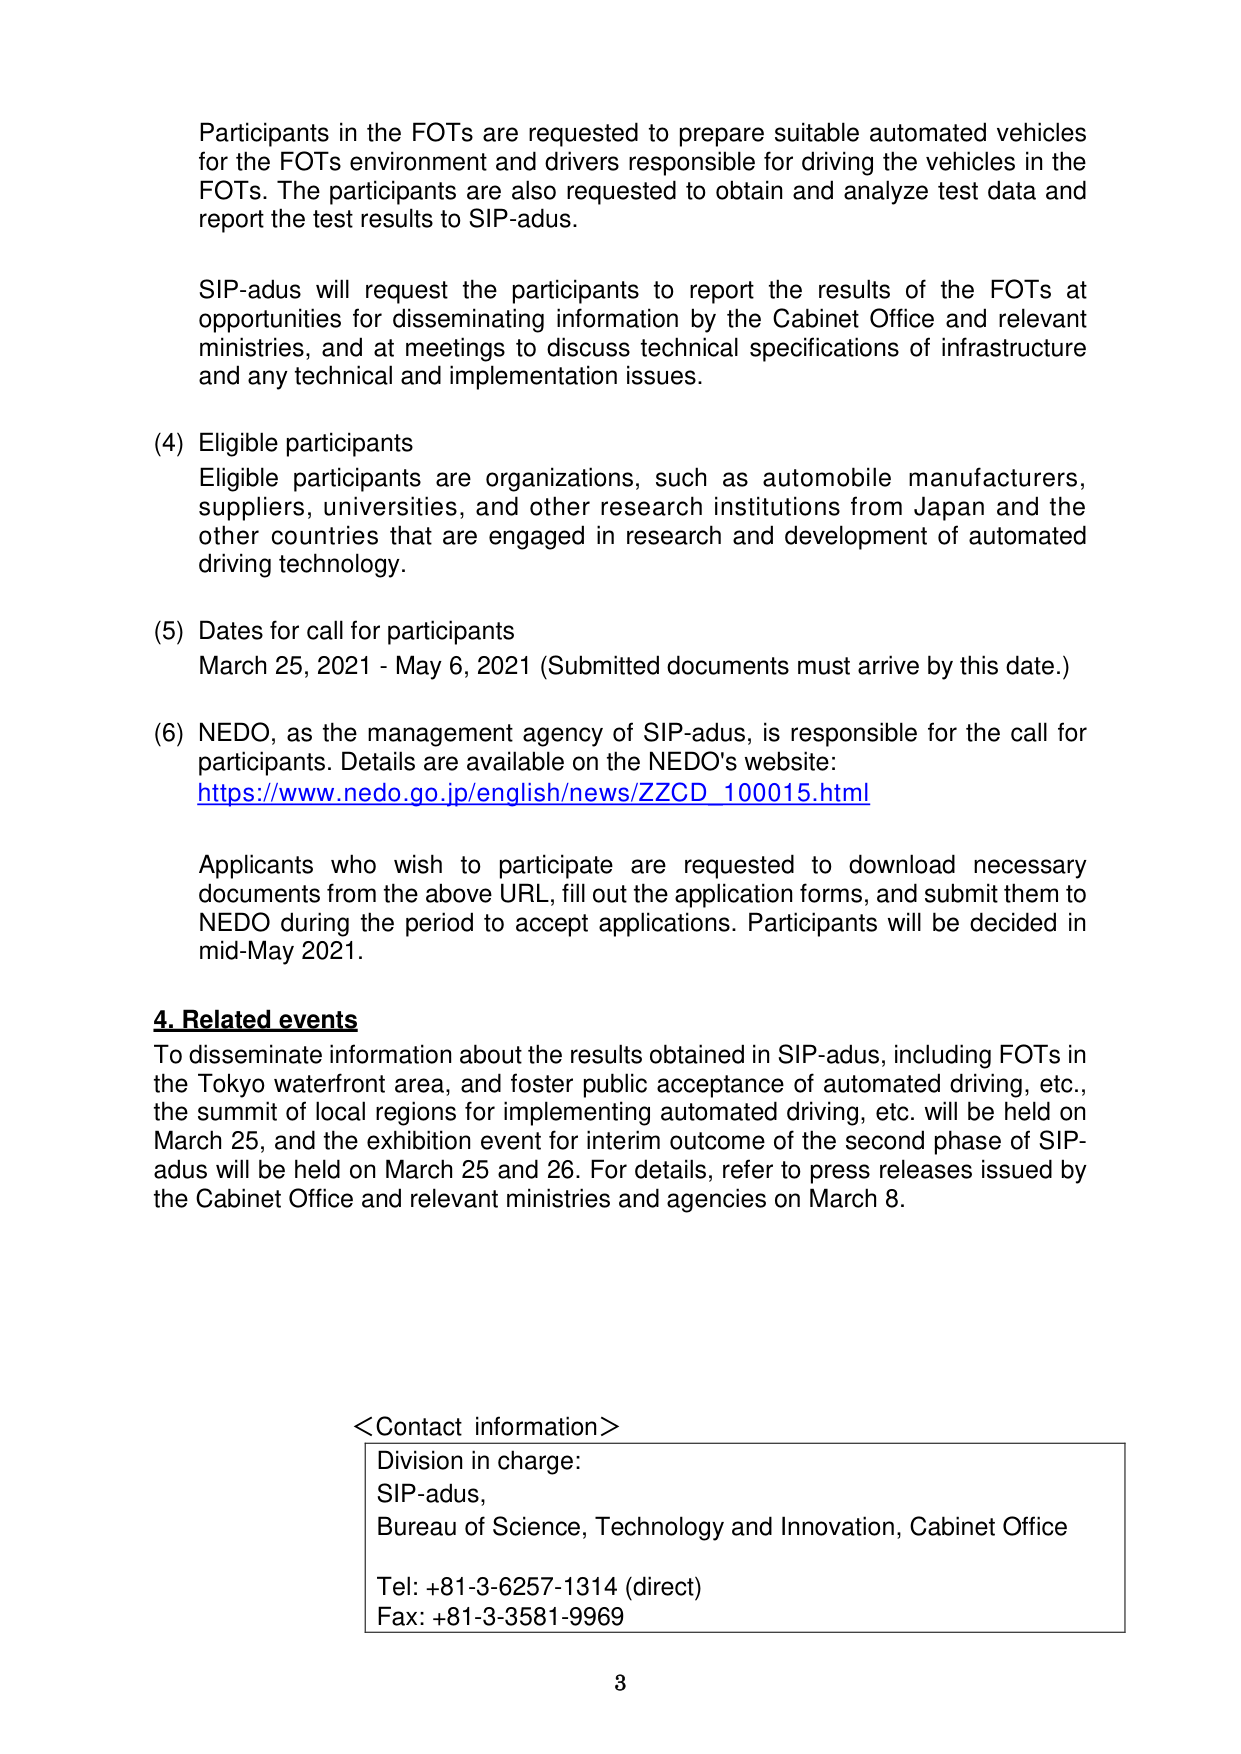
Participants in the FOTs are requested to prepare suitable automated vehicles for the FOTs environment and drivers responsible for driving the vehicles in the FOTs. The participants are also requested to obtain and analyze test data and report the test results to SIP-adus.

SIP-adus will request the participants to report the results of the FOTs at opportunities for disseminating information by the Cabinet Office and relevant ministries, and at meetings to discuss technical specifications of infrastructure and any technical and implementation issues.

(4) Eligible participants
Eligible participants are organizations, such as automobile manufacturers, suppliers, universities, and other research institutions from Japan and the other countries that are engaged in research and development of automated driving technology.

(5) Dates for call for participants
March 25, 2021 - May 6, 2021 (Submitted documents must arrive by this date.)

(6) NEDO, as the management agency of SIP-adus, is responsible for the call for participants. Details are available on the NEDO's website:
https://www.nedo.go.jp/english/news/ZZCD_100015.html

Applicants who wish to participate are requested to download necessary documents from the above URL, fill out the application forms, and submit them to NEDO during the period to accept applications. Participants will be decided in mid-May 2021.

4. Related events
To disseminate information about the results obtained in SIP-adus, including FOTs in the Tokyo waterfront area, and foster public acceptance of automated driving, etc., the summit of local regions for implementing automated driving, etc. will be held on March 25, and the exhibition event for interim outcome of the second phase of SIP-adus will be held on March 25 and 26. For details, refer to press releases issued by the Cabinet Office and relevant ministries and agencies on March 8.

<Contact information>
Division in charge:
SIP-adus,
Bureau of Science, Technology and Innovation, Cabinet Office
Tel: +81-3-6257-1314 (direct)
Fax: +81-3-3581-9969

3